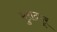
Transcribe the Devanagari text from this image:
मुरादपूर